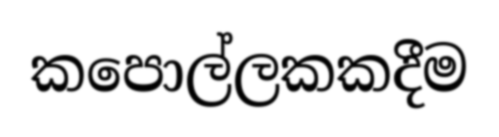
කපොල්ලකකදීම